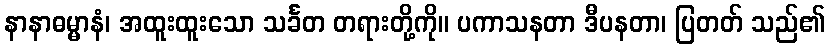
နာနာဓမ္မာနံ၊ အထူးထူးသော သင်္ခတ တရားတို့ကို။ ပကာသနတာ ဒီပနတာ၊ ပြတတ် သည်၏